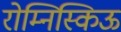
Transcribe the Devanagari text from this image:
रोम्निस्किऊ